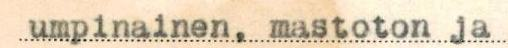
umpinainen, mastoton ja ilman alusta kuljettavaa koneistoa oleva pelastaja-